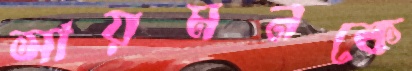
সায়মনকে